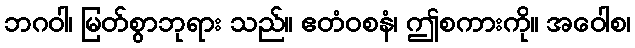
ဘဂဝါ၊ မြတ်စွာဘုရား သည်။ ဧတံဝစနံ၊ ဤစကားကို။ အဝေါစ၊